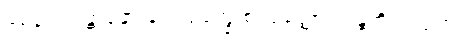
၉၅၃။ သန္တာနော ဒေဝရုက္ခေ စ၊ ဝုတ္တော သန္တတိယံ ပျထ။